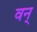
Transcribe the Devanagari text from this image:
वन्